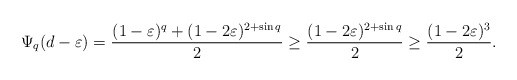
\begin{align*} \Psi_q(d-\varepsilon)=\frac{(1-\varepsilon)^q+(1-2\varepsilon)^{2+\sin q}}{2}\geq \frac{(1-2\varepsilon)^{2+\sin q}}{2}\geq \frac{(1-2\varepsilon)^{3}}{2}.\end{align*}